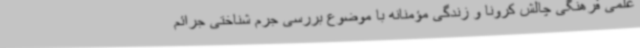
علمی فرهنگی چالش کرونا و زندگی مؤمنانه با موضوع بررسی جرم شناختی جرائم